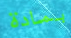
بمادة